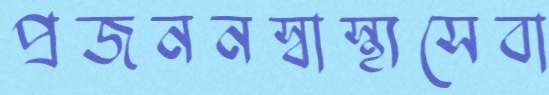
প্রজননস্বাস্থ্যসেবা